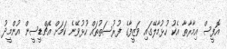
އޮފީސް އިމާރާތާ އެކު ހުޅުމާލޭގައި ވަޒީފާގެ ފުރުސަތުތައް ހުޅުވޭނެ ކަމަށް އެޗްޑީސީން އުންމީދު